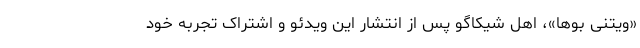
«ویتنی بو‌ها»، اهل شیکاگو پس از انتشار این ویدئو و اشتراک تجربه خود